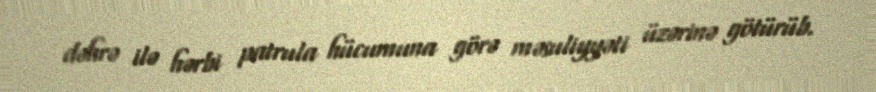
dəhrə ilə hərbi patrula hücumuna görə məsuliyyəti üzərinə götürüb.